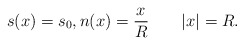
\begin{align*}s(x)=s_0,n(x)=\frac x R \qquad|x|=R.\end{align*}